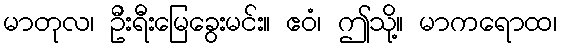
မာတုလ၊ ဦးရီးမြေခွေးမင်း။ ဧဝံ၊ ဤသို့။ မာကရောထ၊